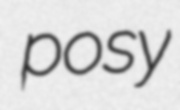
posy